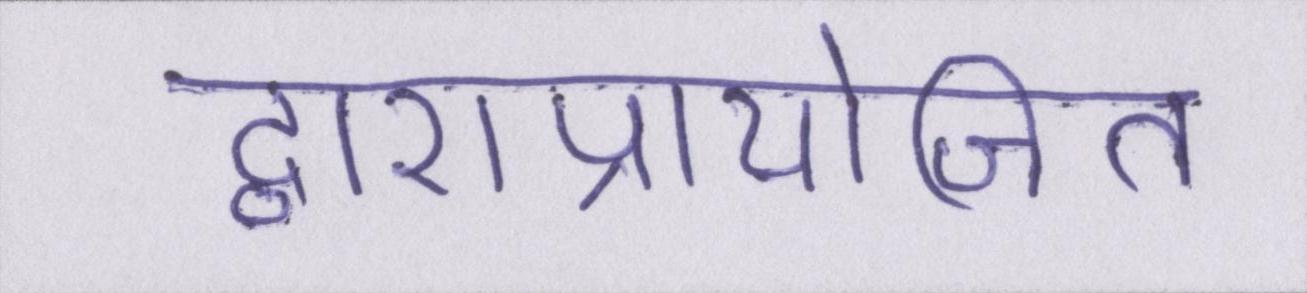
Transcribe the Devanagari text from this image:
द्वाराप्रायोजित